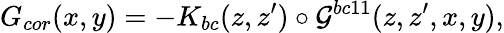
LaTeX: G_{cor}(x,y)=-K_{bc}(z,z^{\prime})\circ{\cal{G}}^{bc11}(z,z^{\prime},x,y),